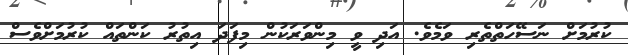
ކުރުމަށް ނަސޭހަތްތެރި ވަމެވެ. އަދި ވީ މިންވަރަކުން މިފަދަ އިތުރު ކަންތައް ކުރުމަށްވެސް